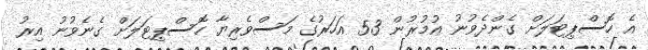
އެ ހޮސްޕިޓަލަށް ގެންދެވުނު އުމުރުން 53 އަހަރުގެ މަސްވެރިޔާ ހޮސްޕިޓަލަށް ގެނެވުނު އިރު